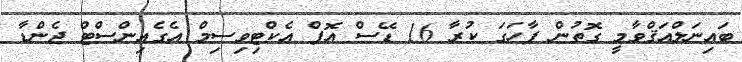
ބައިނަލްއަޤްވާމީ ގޮތުން ފާހަގަ ކުރާ 16 ޑޭސް އޮފް އެކްޓިވިސިމް އެގެއިންސްޓް ޖެންޑާ